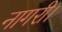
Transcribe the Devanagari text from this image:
नागरी।